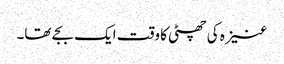
عنیزہ کی چھٹی کا وقت ایک بجے تھا۔